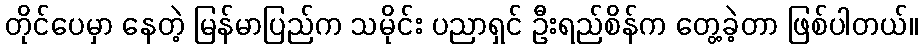
တိုင်ပေမှာ နေတဲ့ မြန်မာပြည်က သမိုင်း ပညာရှင် ဦးရည်စိန်က တွေ့ခဲ့တာ ဖြစ်ပါတယ်။